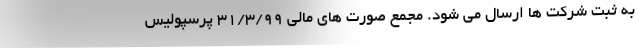
به ثبت شرکت ها ارسال می شود. مجمع صورت های مالی 31/3/99 پرسپولیس